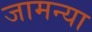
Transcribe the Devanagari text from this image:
जामन्या